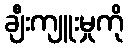
ချီးကျူးမှုကို